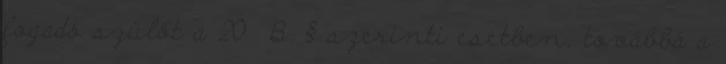
fogadó szülőt a 20 B. § szerinti esetben, továbbá a